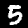
Digit: 5